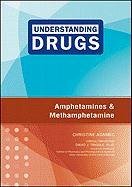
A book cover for Amphetamines and Methamphetamine (Understanding Drugs); Christine A. Adamec; Teen & Young Adult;